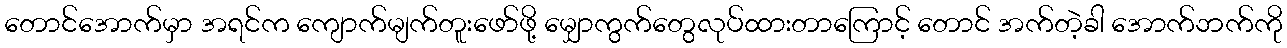
တောင်အောက်မှာ အရင်က ကျောက်မျက်တူးဖော်ဖို့ မျှောကွက်တွေလုပ်ထားတာကြောင့် တောင် အက်တဲ့ခါ အောက်ဘက်ကို